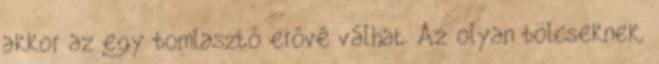
akkor az egy bomlasztó erővé válhat. Az olyan bölcseknek,